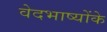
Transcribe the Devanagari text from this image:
वेदभाष्योंके